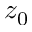
z _ { 0 }